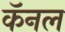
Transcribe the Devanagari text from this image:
कॅनल